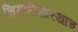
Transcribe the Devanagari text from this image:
चिमणीसारखाच